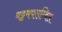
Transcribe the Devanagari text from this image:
वट्टमपराम्बिल